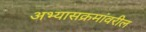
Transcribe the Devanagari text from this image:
अभ्यासक्रमांवरील